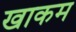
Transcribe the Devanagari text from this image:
खाकम